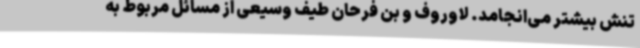
تنش بیشتر می‌انجامد. لاوروف و بن فرحان طیف وسیعی از مسائل مربوط به